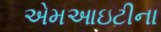
એમઆઇટીના